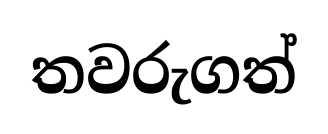
තවරුගත්